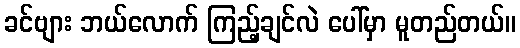
ခင်ဗျား ဘယ်လောက် ကြည့်ချင်လဲ ပေါ်မှာ မူတည်တယ်။